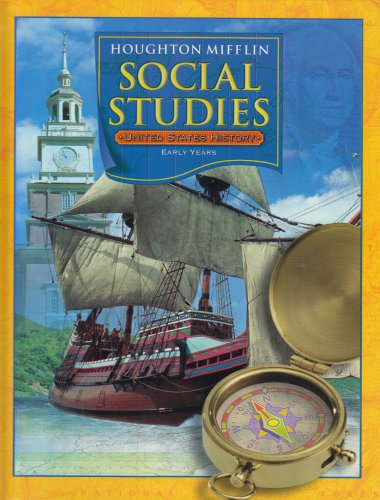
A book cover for United States History  Early Years (Level 5): Houghton Mifflin Social Studies; HOUGHTON MIFFLIN; Children's Books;